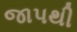
જાપથી